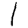
Digit: 1